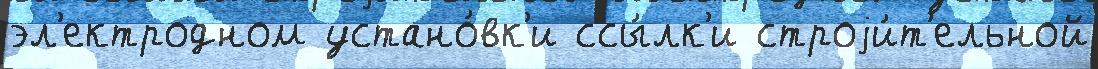
эл'ектродном устано́вк'и ссы́лк'и строjи́т'ельной